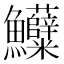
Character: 𱇌